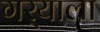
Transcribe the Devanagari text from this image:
गर्‍याला